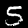
Digit: 5